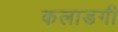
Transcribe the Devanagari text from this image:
कलाडगी